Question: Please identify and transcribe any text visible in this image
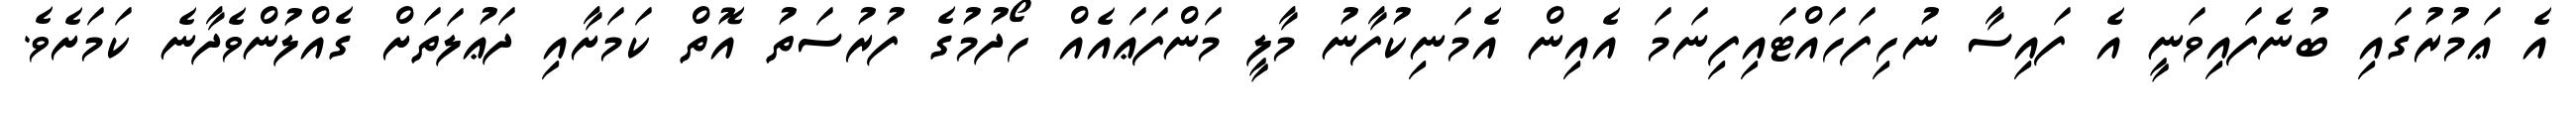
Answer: އެ ޢަމުރުގައި ބުނެފައިވަނީ އެ ފައިސާ ނުހިފަހައްޓައިފިނަމަ އެއިން އެމަނިކުފާނު މާލީ މަންފަޢައެއް ހޯދުމުގެ ފުރުސަތު އޮތް ކަމަށާއި ދަޢުލަތަށް ގެއްލުންވެދާނެ ކަމަށެވެ.